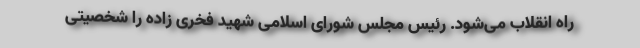
راه انقلاب می‌شود. رئیس مجلس شورای اسلامی شهید فخری زاده را شخصیتی